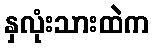
နှလုံးသားထဲက